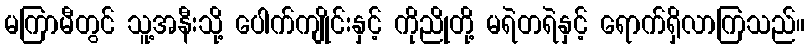
မကြာမီတွင် သူ့အနီးသို့ ပေါက်ကျိုင်းနှင့် ကိုညိုတို့ မရဲတရဲနှင့် ရောက်ရှိလာကြသည်။